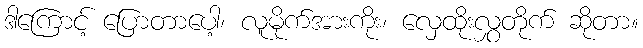
ဒါကြောင့် ပြောတာပေါ့၊ လူမိုက်အားကိုး၊ လှေထိုးလွှတိုက် ဆိုတာ။